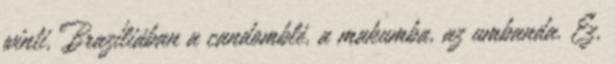
winti, Brazíliában a candomblé, a makumba, az umbanda. Ez,